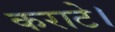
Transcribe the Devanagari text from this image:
कराटे।